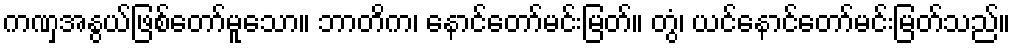
ကဏှအနွယ်ဖြစ်တော်မူသော။ ဘာတိက၊ နောင်တော်မင်းမြတ်။ တွံ၊ ယင်နောင်တော်မင်းမြတ်သည်။